Leprosy in India: report of the Leprosy Commission in India, 1890-91
Year: 1890
Disease focus: Leprosy
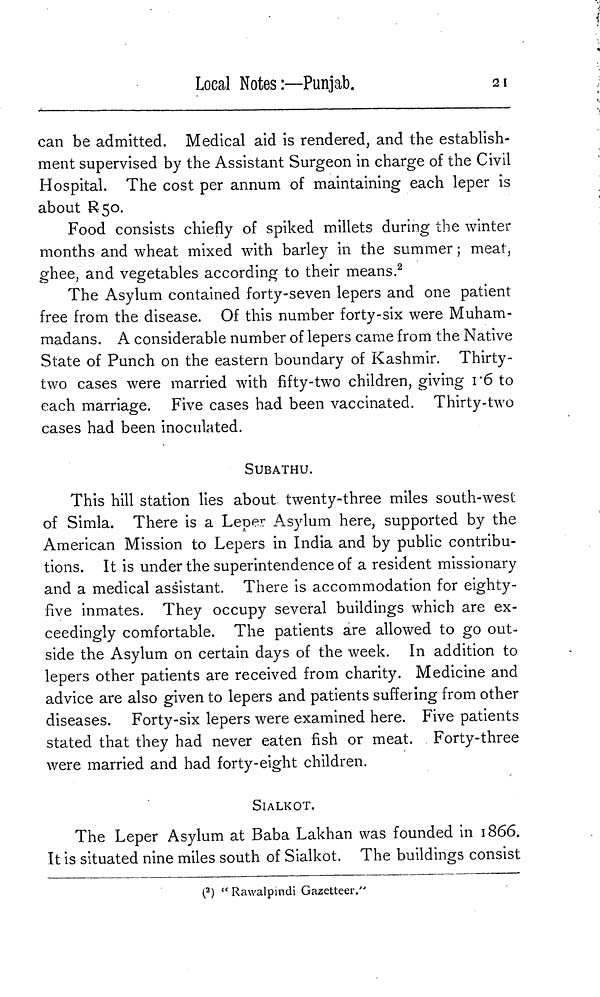
Loeal Notes:—Punjab.
21
can be admitted. Medical aid is rendered, and the establish-
ment supervised by the Assistant Surgeon in charge of the Civil
Hospital. The cost per annum of maintaining each leper is
about R 50.
Food consists chiefly of spiked millets during the winter
months and wheat mixed with barley in the summer ; meat,
ghee, and vegetables according to their means. 2
The Asylum contained forty-seven lepers and one patient
free from the disease. Of this number forty-six were Muham-
madans. A considerable number of lepers came from the Native
State of Punch on the eastern boundary of Kashmir. Thirty-
two cases were married with fifty-two children, giving 1.6 to
each marriage. Five cases had been vaccinated. Thirty-two
cases had been inoculated.
SUBATHU.
This hill station lies about twenty-three miles south-west
of Simla. There is a Leper Asylum here, supported by the
American Mission to Lepers in India and by public contribu-
tions. It is under the superintendence of a resident missionary
and a medical assistant. There is accommodation for eighty-
five inmates. They occupy several buildings which are ex-
ceedingly comfortable. The patients are allowed to go out-
side the Asylum on certain days of the week. In addition to
lepers other patients are received from charity. Medicine and
advice are also given to lepers and patients suffering from other
diseases. Forty-six lepers were examined here. Five patients
stated that they had never eaten fish or meat. Forty-three
were married and had forty-eight children.
SlALKOT.
The Leper Asylum at Baba Lakhan was founded in 1866.
It is situated nine miles south of Sialkot. The buildings consist
( 2 ) "Rawalpindi Gazetteer."